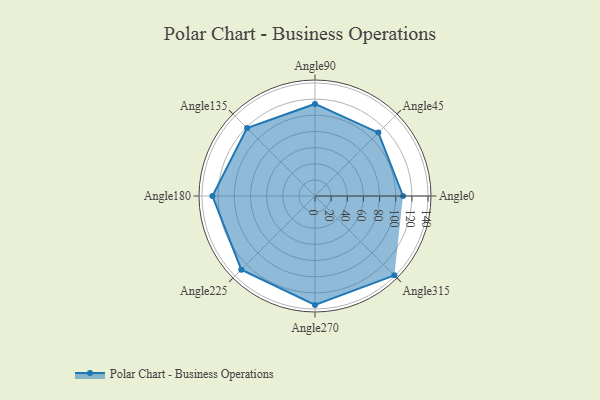
{"axis": {"x": "Angle", "y": "Radius"}, "legend": [""], "data": [{"x": "Angle0", "y": 109.0, "type": ""}, {"x": "Angle45", "y": 111.0, "type": ""}, {"x": "Angle90", "y": 114.0, "type": ""}, {"x": "Angle135", "y": 119.0, "type": ""}, {"x": "Angle180", "y": 127.0, "type": ""}, {"x": "Angle225", "y": 129.0, "type": ""}, {"x": "Angle270", "y": 135.0, "type": ""}, {"x": "Angle315", "y": 139.0, "type": ""}]}